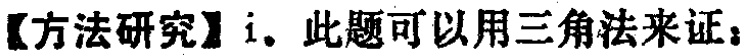
【方法研究】i. 此题可以用三角法来证：